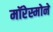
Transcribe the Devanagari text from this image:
मॉरेस्मोने